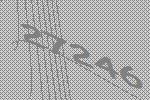
27246